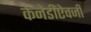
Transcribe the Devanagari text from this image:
केनेडींऐवजी